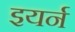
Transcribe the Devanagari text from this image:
इयर्न